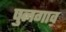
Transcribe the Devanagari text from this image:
पुलगाव